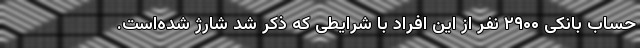
حساب بانکی ۲۹۰۰ نفر از این افراد با شرایطی که ذکر شد شارژ شده‌است.